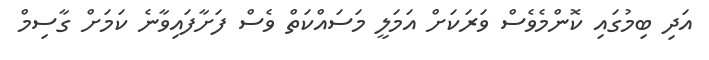
އަދި ބިމުގައި ކޮންމެވެސް ވަރަކަށް އަމަލީ މަސައްކަތް ވެސް ފަށާފައިވާނެ ކަމަށް ގާސިމް